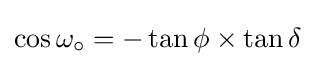
\cos \omega _{\circ }=-\tan \phi \times \tan \delta